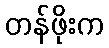
တန်ဖိုးက